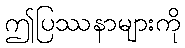
ဤပြဿနာများကို